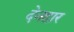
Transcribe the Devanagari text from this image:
देनहार